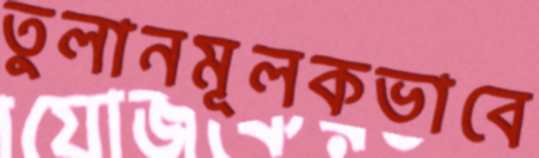
তুলানমূলকভাবে